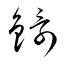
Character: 鐶